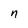
Character: n